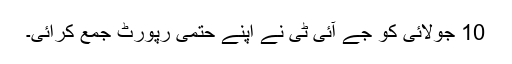
10 جولائی کو جے آئی ٹی نے اپنے حتمی رپورٹ جمع کرائی۔